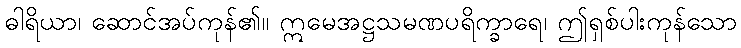
ဓါရိယာ၊ ဆောင်အပ်ကုန်၏။ ဣမေအဋ္ဌသမဏပရိက္ခာရေ၊ ဤရှစ်ပါးကုန်သော